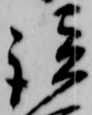
談